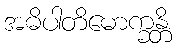
အဓိပါတိမောက္ခန္တိ